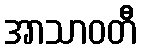
အာသာဝတီ